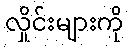
လှိုင်းများကို